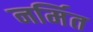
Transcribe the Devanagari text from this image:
नर्मित